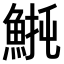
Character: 𫙡